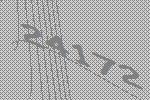
24172